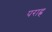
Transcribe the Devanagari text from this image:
पराह्न